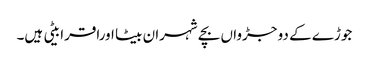
جوڑے کے دو جڑواں بچے شہران بیٹا اوراقرا بیٹی ہیں۔